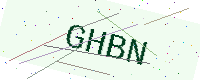
Text: GHBN